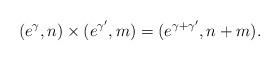
LaTeX: \begin{align*}(e^{\gamma},n)\times(e^{\gamma^{\prime}},m)=(e^{\gamma+\gamma^{\prime}},n+m).\end{align*}